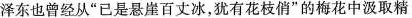
泽东也曾经从”已是悬崖百丈冰，犹有花枝俏”的梅花中汲取精